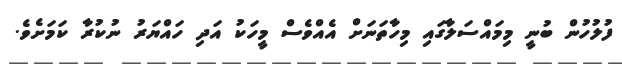
ފުލުހުން ބުނީ މިމައްސަލާގައި މިހާތަނަށް އެއްވެސް މީހަކު އަދި ހައްޔަރު ނުކުރާ ކަމަށެވެ.